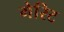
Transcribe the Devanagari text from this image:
गेरिट